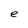
Character: e